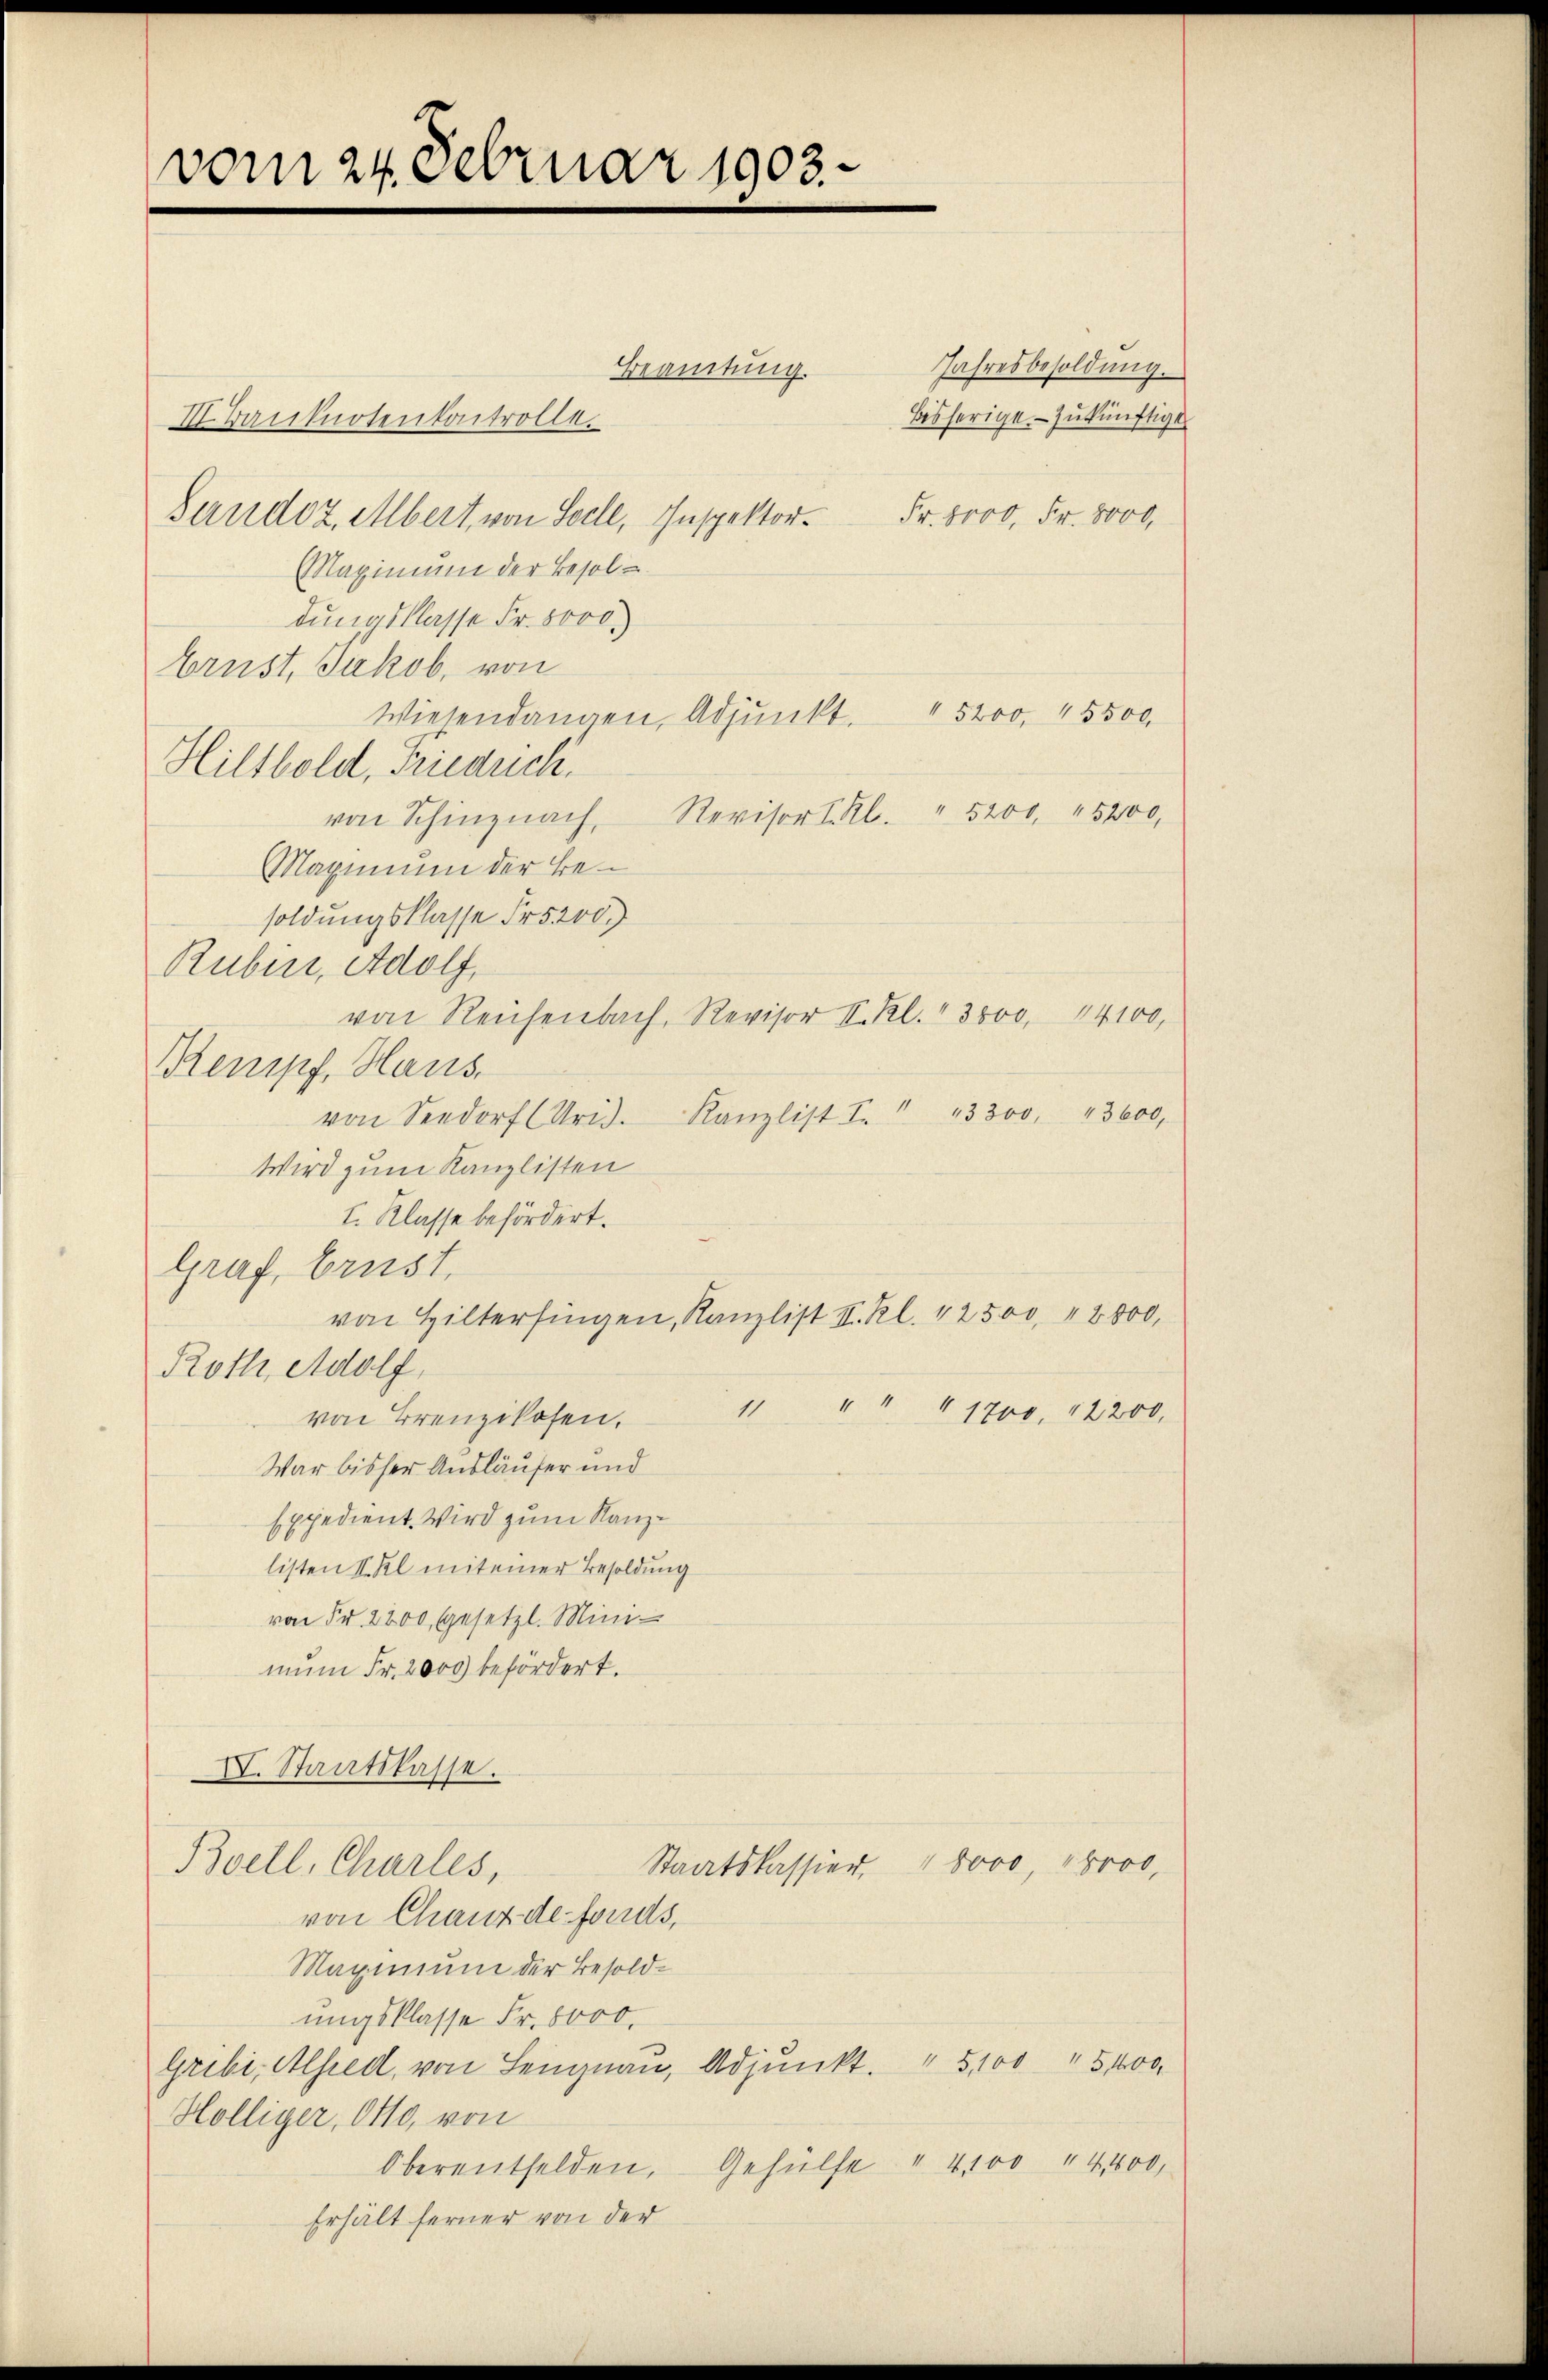
8
vom 24. Februar 191.

Beamtung.
II Banknotenkontrolle.
Gandoz, Albert von Seele, Inspektor¬
Maximum der Besoldungsklasse Fr. 5000.
brust, Jakob, von
Wiesendangen, Adjunkt. " 5200, 45500
Hiltbold, Friedrich.
von Schinznach, Revisor I. Kl. " 5200, 5200,
Maginium der Besoldungsklasse Fr. 5200.
Ruber, Adolf,
von Reisenbach, Revisor I. Kl. " 3000, 14100,
Rempf, Haus.
von Seedorf (Urid. Kanzlist. I. " " 3300. 43600,
Wird zum Kanzlisten
I. Klasse befördert.
Graf, brust.
von Hiltersingen, Kanzlist II. Kl. 12500, 2000,
Roth, Adolf,
1 " " " 1700, 12200,
von Brenzikosen.
War bisher Ausläufer und
Expedient. Wird zum Kanzlisten S. Kl mit einer Besoldung
von Fr. 2200 gesetzl. Mini-
mŭm Fr. 2000 befördert.
XI. Staatskasse.
Staatskassier, 1 8000, 16000,
Boell, Charles,
von Chaux-de-Fonds,
Maximum der Besoldungsklasse Fr. 8000.
Gribi, Alfred, von Lengnau, Adjunkt. " 5100 " 5100,
Hölliger, Otto, von
Oberentfelden. Gehülfe " 4100 " 4400,
Erhält ferner von der

bisherige zukünftigt
Fr. 8000. Fr. 8000.

Jahresbesoldung.